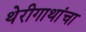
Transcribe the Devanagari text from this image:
थेरीगाथांचा